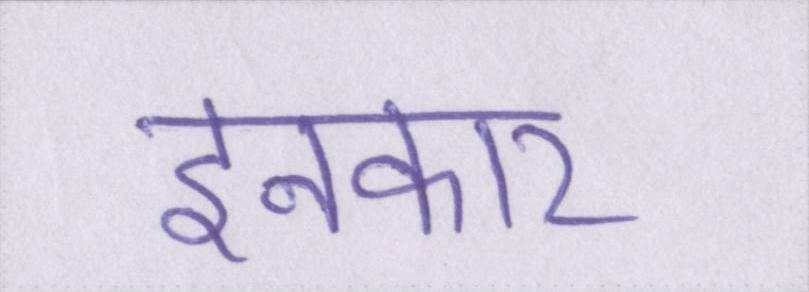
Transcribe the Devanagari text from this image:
इनकार